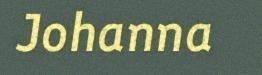
Johanna